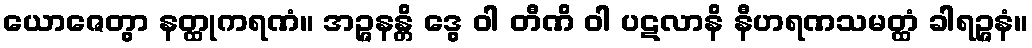
ယောဇေတွာ နတ္ထုကရဏံ။ အဉ္ဇနန္တိ ဒွေ ဝါ တီဏိ ဝါ ပဋလာနိ နီဟရဏသမတ္ထံ ခါရဉ္ဇနံ။